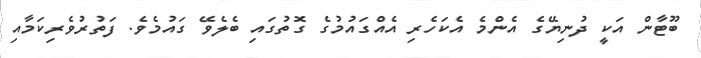
ބޫޓާން އަކީ ދުނިޔޭގެ އެންމެ އެކަހެރި އެއްގައުމުގެ ގޮތުގައި ބެލެވޭ ގައުމެވެ. ފަތުރުވެރިކަމާއި